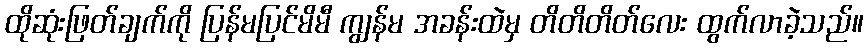
ထိုဆုံးဖြတ်ချက်ကို ပြန်မပြင်မိမီ ကျွန်မ အခန်းထဲမှ တိတိတိတ်လေး ထွက်လာခဲ့သည်။